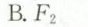
B.F_{2}